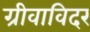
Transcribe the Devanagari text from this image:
ग्रीवाविदर